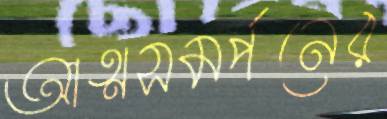
আত্মসমর্পনের